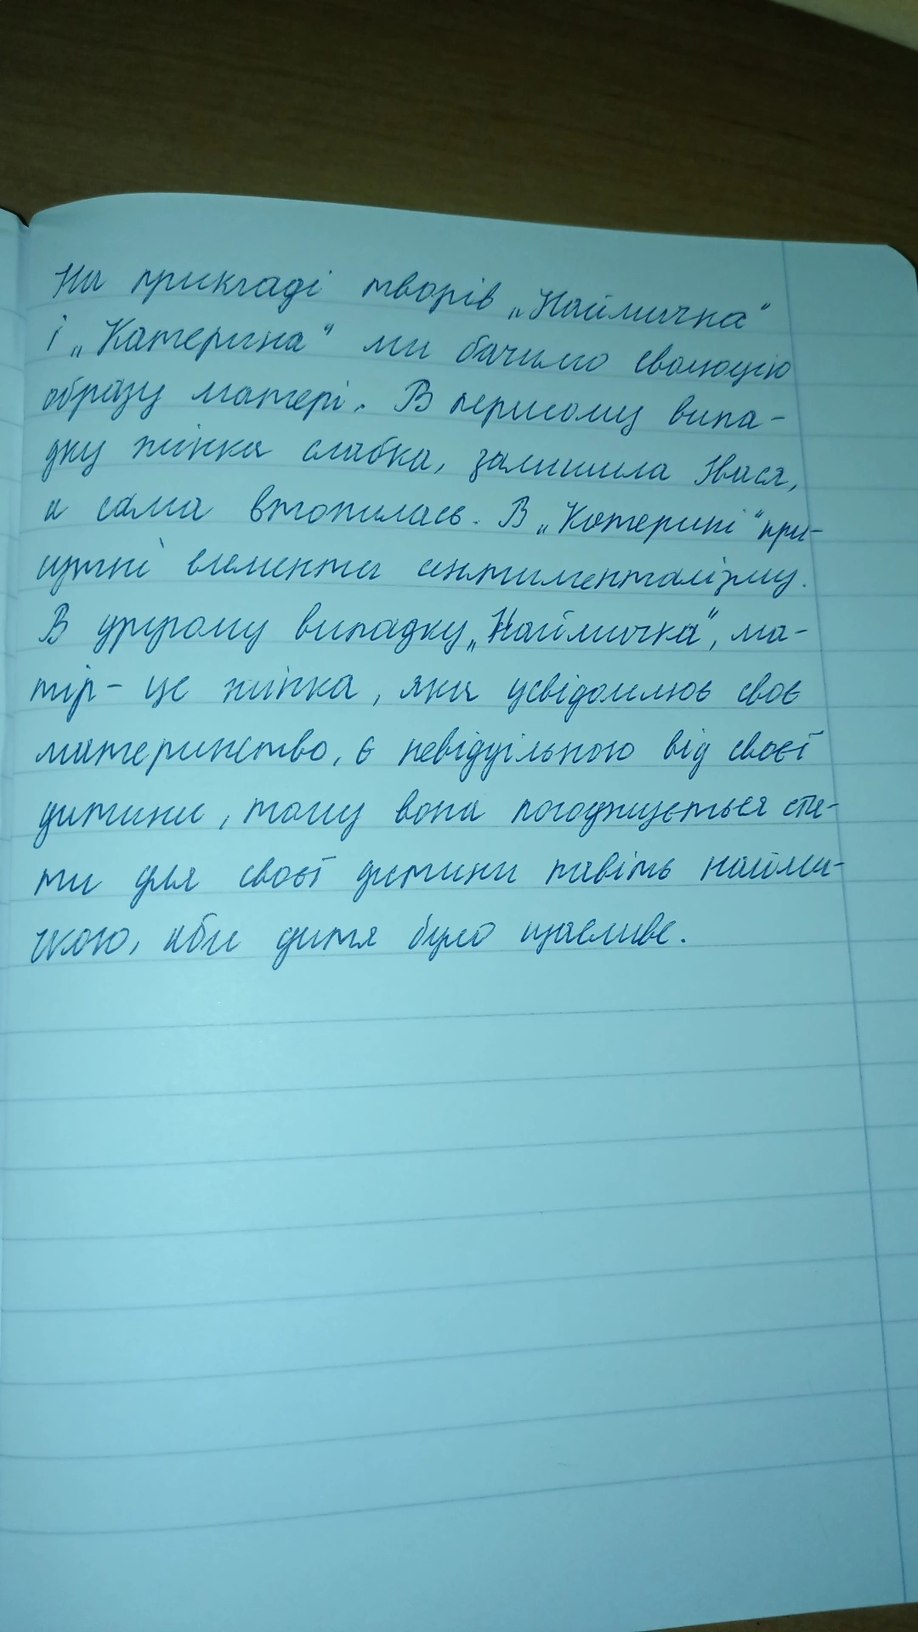
на прикладі творів "Наймичка"
і „Катерина“ ми бачимо еволюцію
образу матері. В першому випа-
дку жінка слабка, залишила Івася,
и сама втопилась. В "Катерині" при-
сутні елементи сентименталізму.
В другому випадку „Наймичка“, ма-
тір - це жінка, яка усвідомлює своє
материнство, є невіддільною від своєї
дитини, тому вона погоджується ста-
ти для своєї дитини навіть найми-
лою, аби дитя було щасливе.